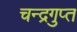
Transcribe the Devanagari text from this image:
चन्‍द्रगुप्‍त